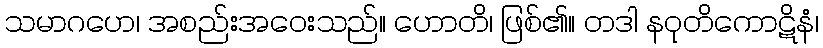
သမာဂဟေ၊ အစည်းအဝေးသည်။ ဟောတိ၊ ဖြစ်၏။ တဒါ နဝုတိကောဋိနံ၊